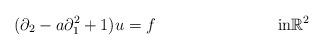
LaTeX: \begin{align*}(\partial_2 - a \partial_1^2 +1) u & = f && \textrm{in} \mathbb{R}^2\end{align*}